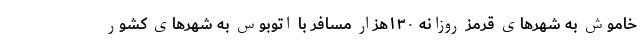
خاموش به شهرهای قرمز روزانه ۱۳۰هزار مسافر با اتوبوس به شهرهای کشور